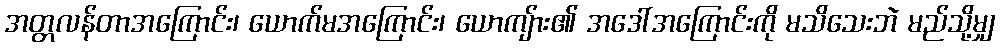
အတ္တလန်တာအကြောင်း၊ ယောက်မအကြောင်း၊ ယောကျ်ား၏ အဒေါ်အကြောင်းကို မသိသေးဘဲ မည်သို့မျှ